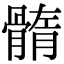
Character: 䯝